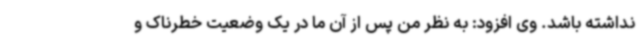
نداشته باشد. وی افزود: به نظر من پس از آن ما در یک وضعیت خطرناک و